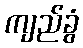
ကျည်ခွံ